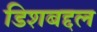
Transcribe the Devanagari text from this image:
डिशबद्दल